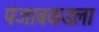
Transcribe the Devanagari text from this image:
पंजाबकडला